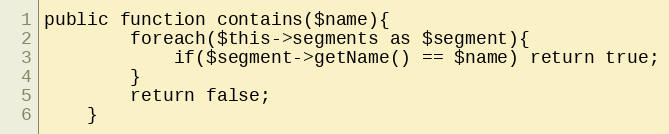
Language: PHP
public function contains($name){
		foreach($this->segments as $segment){
			if($segment->getName() == $name) return true;
		}
		return false;
	}